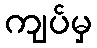
ကျပ်မှ